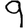
Digit: 9